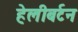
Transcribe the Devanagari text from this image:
हेलीबर्टन